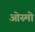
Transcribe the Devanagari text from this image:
ओस्मो